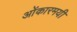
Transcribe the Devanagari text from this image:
ओंकारमयी